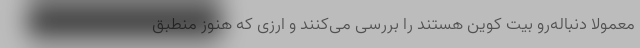
معمولا دنباله‌رو بیت کوین هستند را بررسی می‌کنند و ارزی که هنوز منطبق